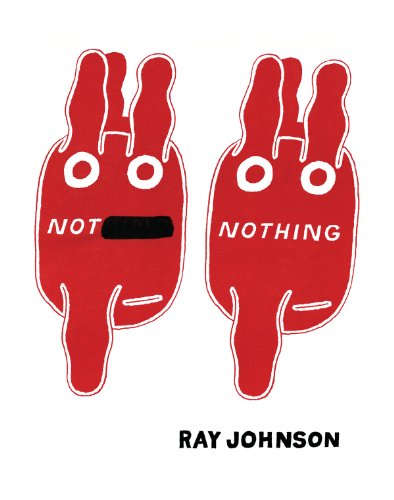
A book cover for Not Nothing: Selected Writings by Ray Johnson 1954-1994; Arts & Photography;